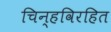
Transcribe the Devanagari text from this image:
चिन्हविरहित